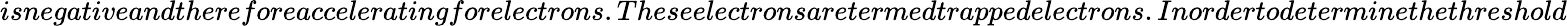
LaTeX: isnegativeandthereforeacceleratingforelectrons.Theseelectronsaretermed\textit{trappedelectrons}.Inordertodeterminethethreshold